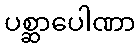
ပစ္ဆာပေါဏာ